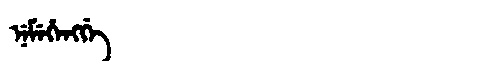
Manchu: ᠨᡝᠮᡝᡥᡝᠩᡤᡝ
Romanization: NEMEHENGGE